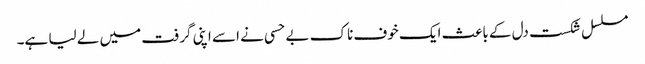
مسلسل شکست دل کے باعث ایک خوف ناک بے حسی نے اسے اپنی گرفت میں لے لیا ہے۔